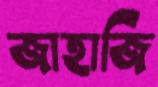
জাহাজি